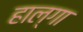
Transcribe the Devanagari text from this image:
हाल्गा